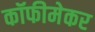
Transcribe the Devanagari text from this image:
कॉफीमेकर